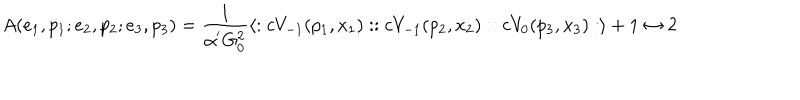
A ( e _ { 1 } , p _ { 1 } ; e _ { 2 } , p _ { 2 } ; e _ { 3 } , p _ { 3 } ) = \frac { 1 } { \alpha ^ { ' } G _ { 0 } ^ { 2 } } \langle : c V _ { - 1 } ( p _ { 1 } , x _ { 1 } ) : : c V _ { - 1 } ( p _ { 2 } , x _ { 2 } ) : : c V _ { 0 } ( p _ { 3 } , x _ { 3 } ) : \rangle + 1 \leftrightarrow 2